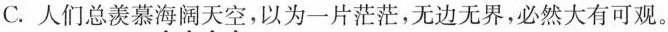
C.人们总羡慕海阔天空，以为一片茫茫，无边无界，必然大有可观。